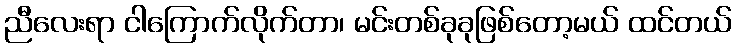
ညီလေးရာ ငါကြောက်လိုက်တာ၊ မင်းတစ်ခုခုဖြစ်တော့မယ် ထင်တယ်